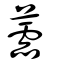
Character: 蘦